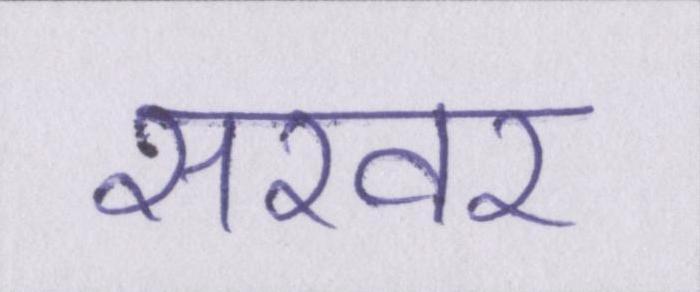
सरवर